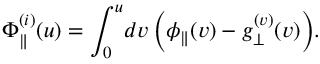
\Phi _ { \parallel } ^ { ( i ) } ( u ) = \int _ { 0 } ^ { u } \! d v \, \Big ( \phi _ { \parallel } ( v ) - g _ { \perp } ^ { ( v ) } ( v ) \Big ) .